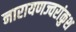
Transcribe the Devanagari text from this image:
नारायणज्वरांकुश